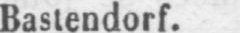
Bastendorf.